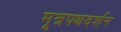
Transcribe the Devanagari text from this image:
मूत्रपथदर्शन